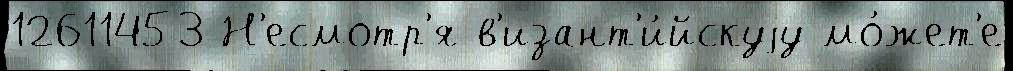
12611453 Н'есмотр'я в'изант'и́йскуjу мо́жет'е